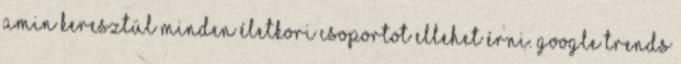
amin keresztül minden életkori csoportot ellehet érni. Google Trends